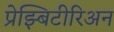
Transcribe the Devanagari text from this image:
प्रेझ्बिटीरिअन